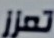
تعزز